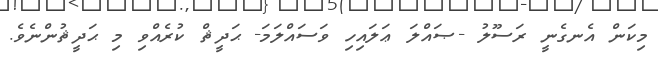
މިކަން އެނގެނީ ރަސޫލު -ޞައްލަ ޢަލައިހި ވަސައްލަމަ- ޙަދީޘް ކުރެއްވި މި ޙަދީޘުންނެވެ.